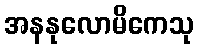
အနနုလောမိကေသု